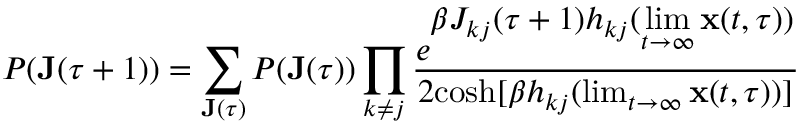
P ( \mathbf { J } ( \tau + 1 ) ) = \sum _ { \mathbf { J } ( \tau ) } P ( \mathbf { J } ( \tau ) ) \prod _ { k \neq j } \frac { e ^ { \displaystyle \beta J _ { k j } ( \tau + 1 ) h _ { k j } ( \operatorname* { l i m } _ { t \rightarrow \infty } \mathbf { x } ( t , \tau ) ) } } { 2 \mathrm { c o s h } [ \beta h _ { k j } ( \operatorname* { l i m } _ { t \rightarrow \infty } \mathbf { x } ( t , \tau ) ) ] }